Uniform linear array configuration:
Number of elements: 8
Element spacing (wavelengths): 0.5
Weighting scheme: uniform
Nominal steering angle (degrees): -45
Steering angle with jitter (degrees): -45.012
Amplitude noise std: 0.05
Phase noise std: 0.05

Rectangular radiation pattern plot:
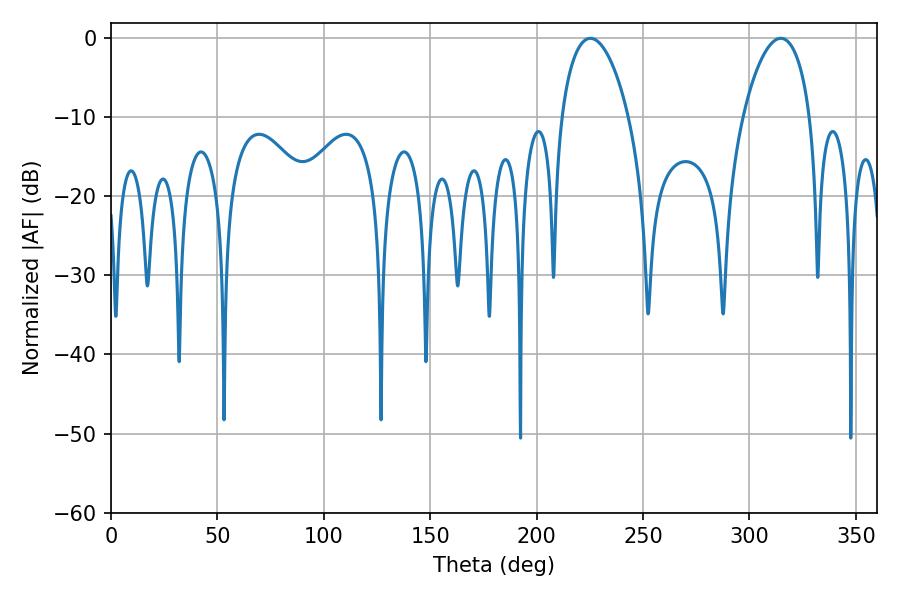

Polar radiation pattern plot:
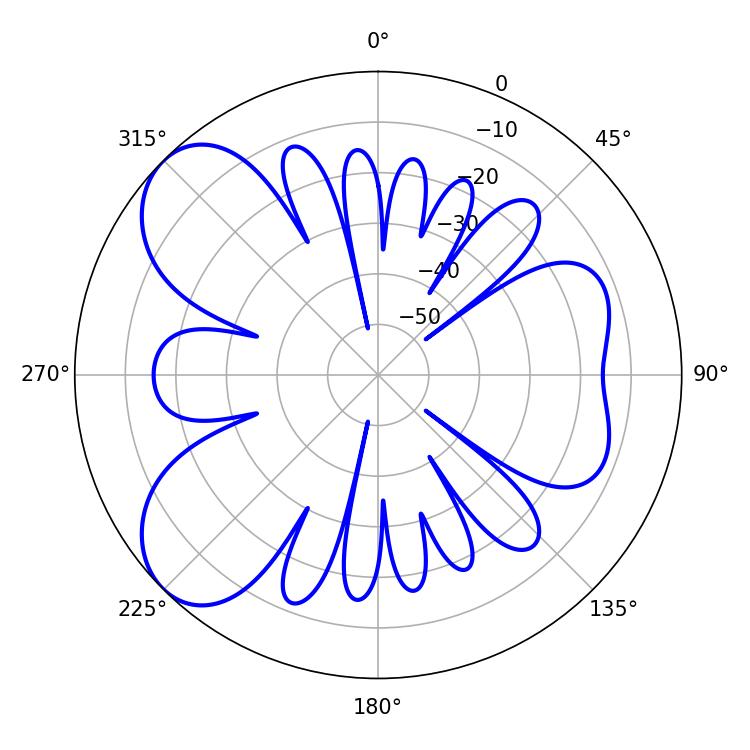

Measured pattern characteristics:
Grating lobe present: FALSE
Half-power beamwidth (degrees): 17.82
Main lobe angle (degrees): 225.18